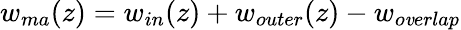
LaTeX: w_{ma}(z)=w_{in}(z)+w_{outer}(z)-w_{o\mathit{v}erlap}